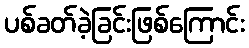
ပစ်ခတ်ခဲ့ခြင်းဖြစ်ကြောင်း